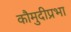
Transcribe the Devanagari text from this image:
कौमुदीप्रभा